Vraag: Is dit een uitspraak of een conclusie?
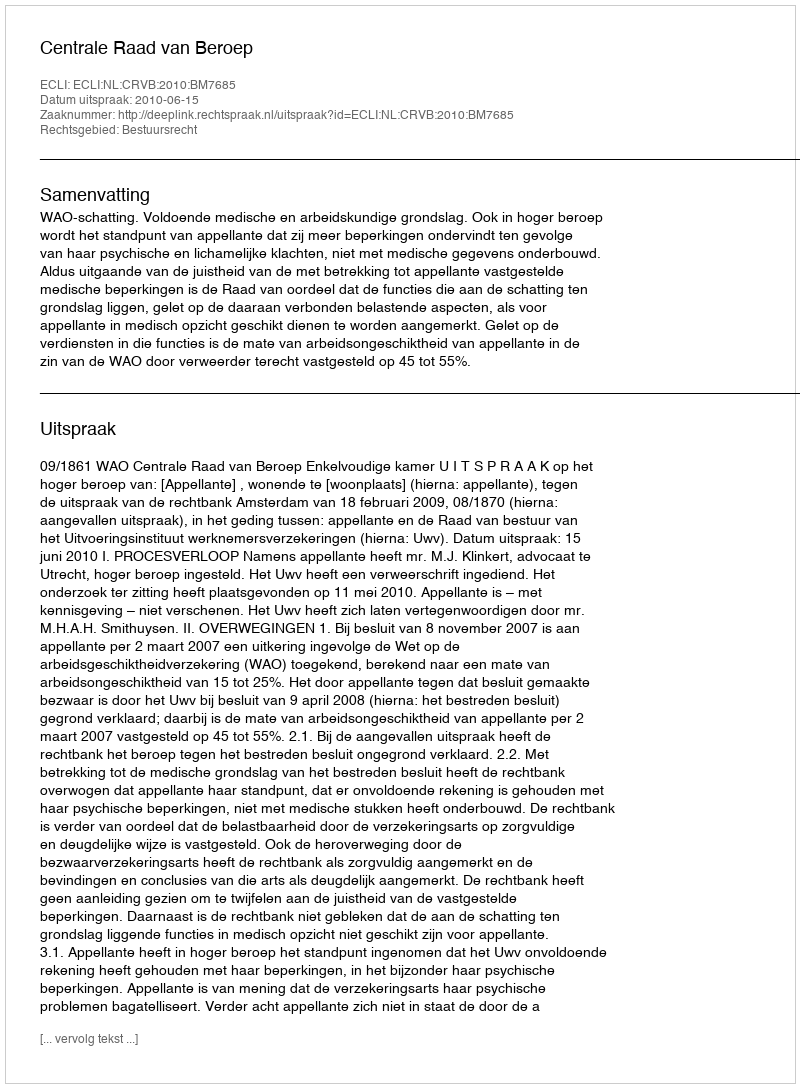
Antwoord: Uitspraak